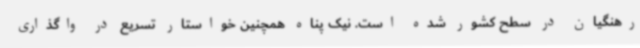
رهنگیان در سطح کشور شده است. نیک پناه همچنین خواستار تسریع در واگذاری